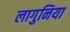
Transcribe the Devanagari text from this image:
लागुनिया